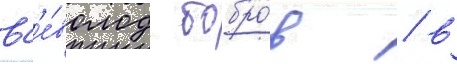
вс'е́волод бобро́в / в